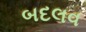
બદલવ